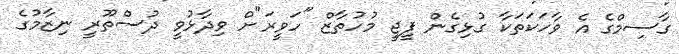
ގާސިމްގެ އެ ވާހަކަތަކާ ގުޅިގެން ޕީޖީ މުހުތާޒް "ހަވީރަ"ށް ވިދާޅުވީ ދުސްތޫރީ ނިޒާމުގެ